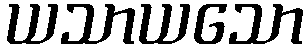
ယသာယသော